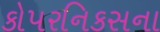
કોપરનિકસના